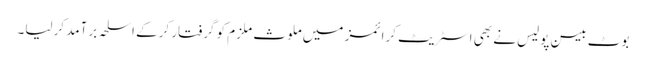
بوٹ بیسن پولیس نے بھی اسٹریٹ کرائمز میں ملوث ملزم کو گرفتار کرکے اسلحہ برآمد کرلیا۔